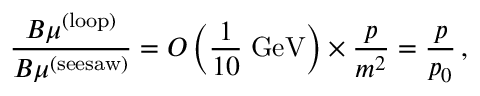
\frac { B \mu ^ { ( \mathrm { l o o p ) } } } { B \mu ^ { ( \mathrm { s e e s a w ) } } } = { \cal O } \left( \frac { 1 } { 1 0 } \; \mathrm { G e V } \right) \times \frac { p } { m ^ { 2 } } = \frac { p } { p _ { 0 } } \, ,